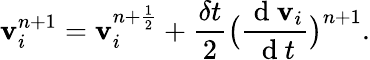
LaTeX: \mathbf{v}_{i}^{n+1}=\mathbf{v}_{i}^{n+\frac{1}{2}}+\frac{\delta t}{2}\big(\frac{\mathrm{~d~}\mathbf{v}_{i}}{\mathrm{~d~}t}\big)^{n+1}.